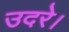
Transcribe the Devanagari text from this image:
उदरे।